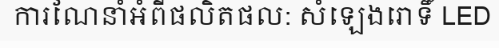
ការណែនាំអំពីផលិតផល: សំឡេងរោទិ៍ LED